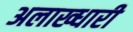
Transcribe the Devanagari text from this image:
अलाख्धारी